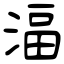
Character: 湢